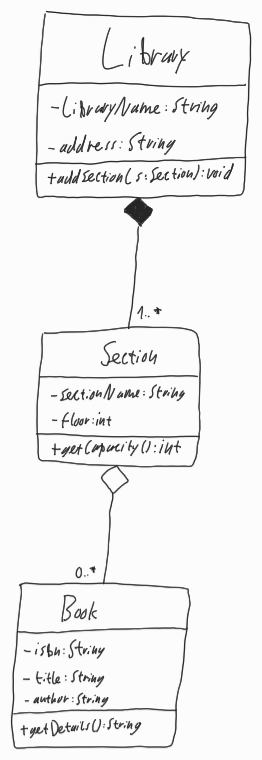
Diagram type: class_diagram
```plantuml
@startuml

class Library {
  - libraryName: String
  - address: String
  + addSection(s: Section): void
}

class Section {
  - sectionName: String
  - floor: int
  + getCapacity(): int
}

class Book {
  - isbn: String
  - title: String
  - author: String
  + getDetails(): String
}

Library *-- "1..*" Section

Section o-- "0..1" Book

@enduml
```